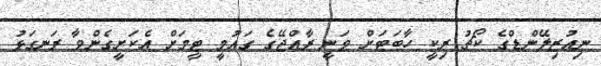
ނިއުޒިލޭންޑްގެ ކޯޗު ރިކީ ހާބަޓަށް ވަނީ ރާއްޖޭގެ ގައުމީ ޓީމަށް އެކަށީގެންވާ ރަނގަޅު